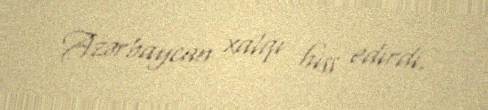
Azərbaycan xalqı hiss edirdi.